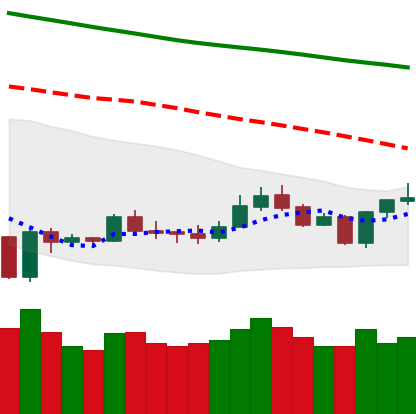
Ticker: LTC-USD
Chart end date: 2020-01-05
Forward return: 11.88%
Label: up_7plus